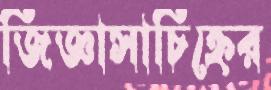
জিজ্ঞাসাচিহ্নের